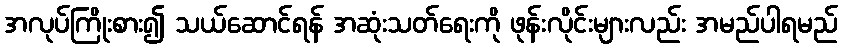
အလုပ်ကြိုးစား၍ သယ်ဆောင်ရန် အဆုံးသတ်ရေးကို ဖုန်းလိုင်းများလည်း အမည်ပါရမည်